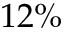
1 2 \%